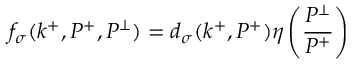
f _ { \sigma } ( k ^ { + } , P ^ { + } , P ^ { \perp } ) = d _ { \sigma } ( k ^ { + } , P ^ { + } ) \eta \left( \frac { P ^ { \perp } } { P ^ { + } } \right)